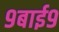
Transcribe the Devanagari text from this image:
९बाई९